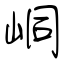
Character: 峒